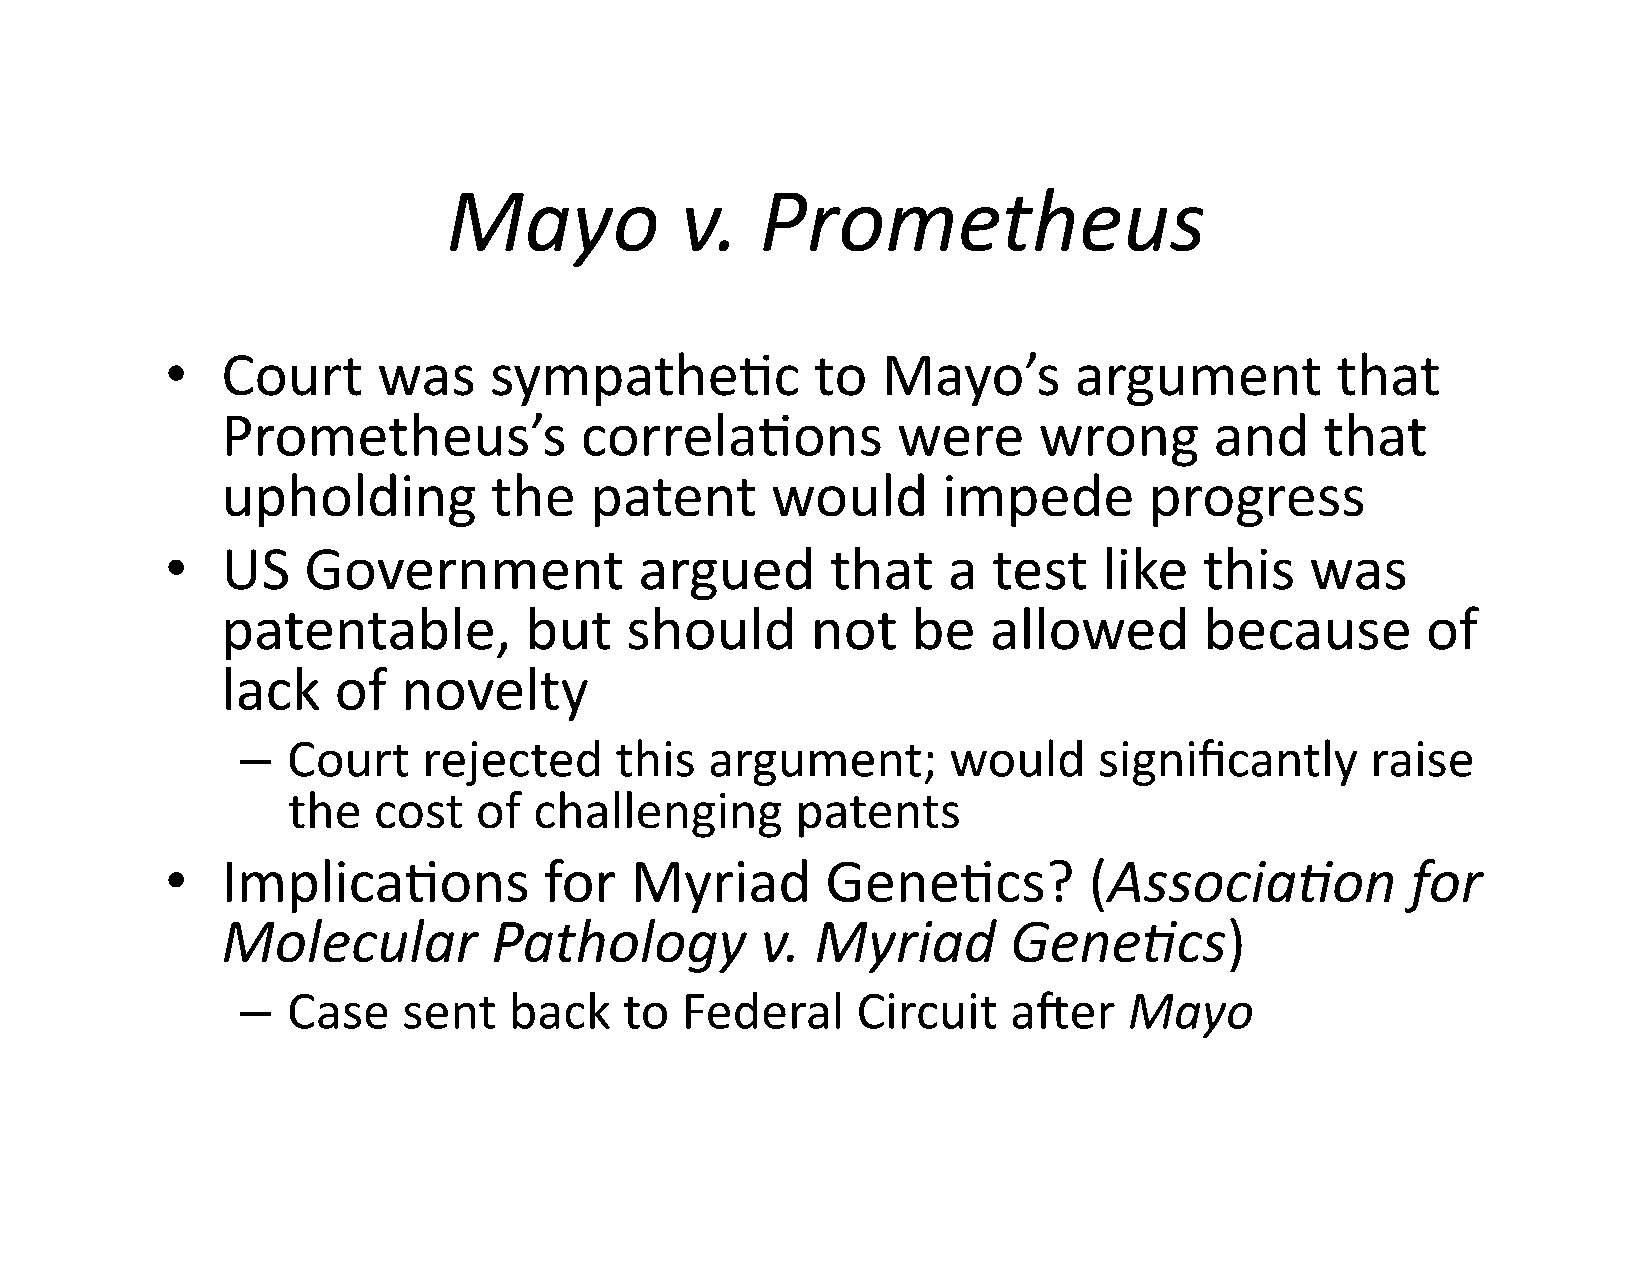
Mayo           v.   Prometheus
 •   Court     was    sympathe$c            to  Mayo’s       argument         that
 Prometheus’s           correla$ons          were      wrong      and     that
 upholding        the    patent      would      impede        progress
 •   US   Government            argued       that    a  test   like   this   was
 patentable,         but   should       not   be   allowed        because       of
 lack   of   novelty
 –  Court    rejected     this  argument;       would     significantly     raise
 the   cost  of  challenging       patents
 •   Implica$ons          for   Myriad       Gene$cs?         (Associa5on          for
 Molecular         Pathology        v.  Myriad       Gene5cs)
 –  Case    sent   back   to  Federal     Circuit   ager    Mayo